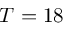
T = 1 8